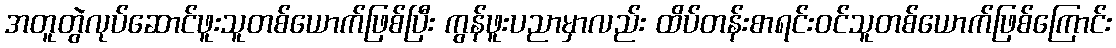
အတူတွဲလုပ်ဆောင်ဖူးသူတစ်ယောက်ဖြစ်ပြီး ကွန်ဖူးပညာမှာလည်း ထိပ်တန်းစာရင်းဝင်သူတစ်ယောက်ဖြစ်ကြောင်း